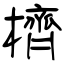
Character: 櫅